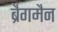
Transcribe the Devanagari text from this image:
ब्रैगमैन